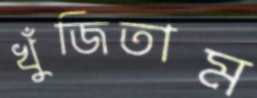
খুঁজিতাম